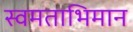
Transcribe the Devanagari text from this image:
स्वमताभिमान